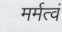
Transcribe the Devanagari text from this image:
मर्मत्वं